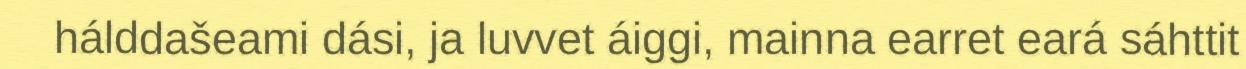
hálddašeami dási, ja luvvet áiggi, mainna earret eará sáhttit